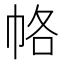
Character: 𭘞